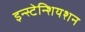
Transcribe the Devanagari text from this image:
इन्स्टेन्शियशन